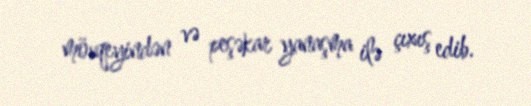
mövqeyindən və peşəkar yanaşma ilə çıxış edib.